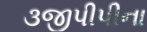
૩જીપીપીના